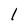
Character: l